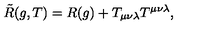
\tilde { R } ( g , T ) = R ( g ) + T _ { \mu \nu \lambda } T ^ { \mu \nu \lambda } ,